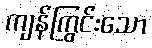
ကျန်ကြွင်းသော